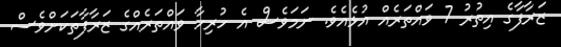
ޒަރާފާގެ އިތުރު 7 ވައްތަރެއް އުޅެއެވެ. ނަމަވެސް އެ ހުރިހާ ވައްތަރެއްގެ ޒަރާފާތަކަށްވެސް